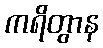
ကရိတွာန